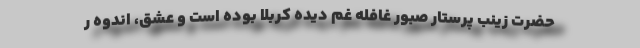
حضرت زینب پرستار صبور غافله غم دیده کربلا بوده است و عشق، اندوه ر